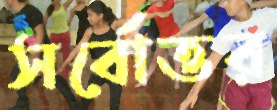
সর্বোত্তর